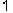
1